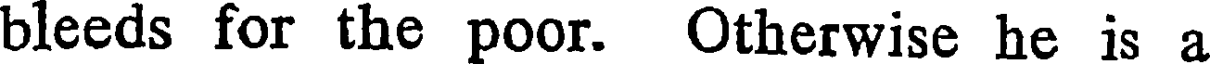
bleeds for the poor. Otherwise he is a